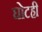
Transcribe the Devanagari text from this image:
घोटही